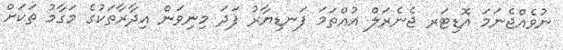
ނުވެއްޖެނަމަ އޮޑިޓަރ ޖެނެރަލް އުއްތަމަ ފަނޑިޔާރު ފަދަ މިނިވަން އިދާރާތަކުގެ މަގާމު ތަކަށް